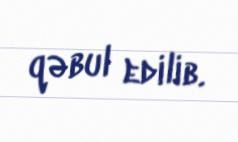
qəbul edilib.